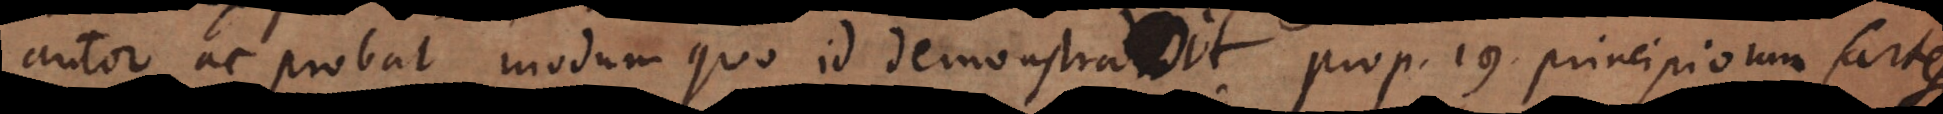
autor ac probat modum quo id demonstravit prop. 19. Principiorum Car